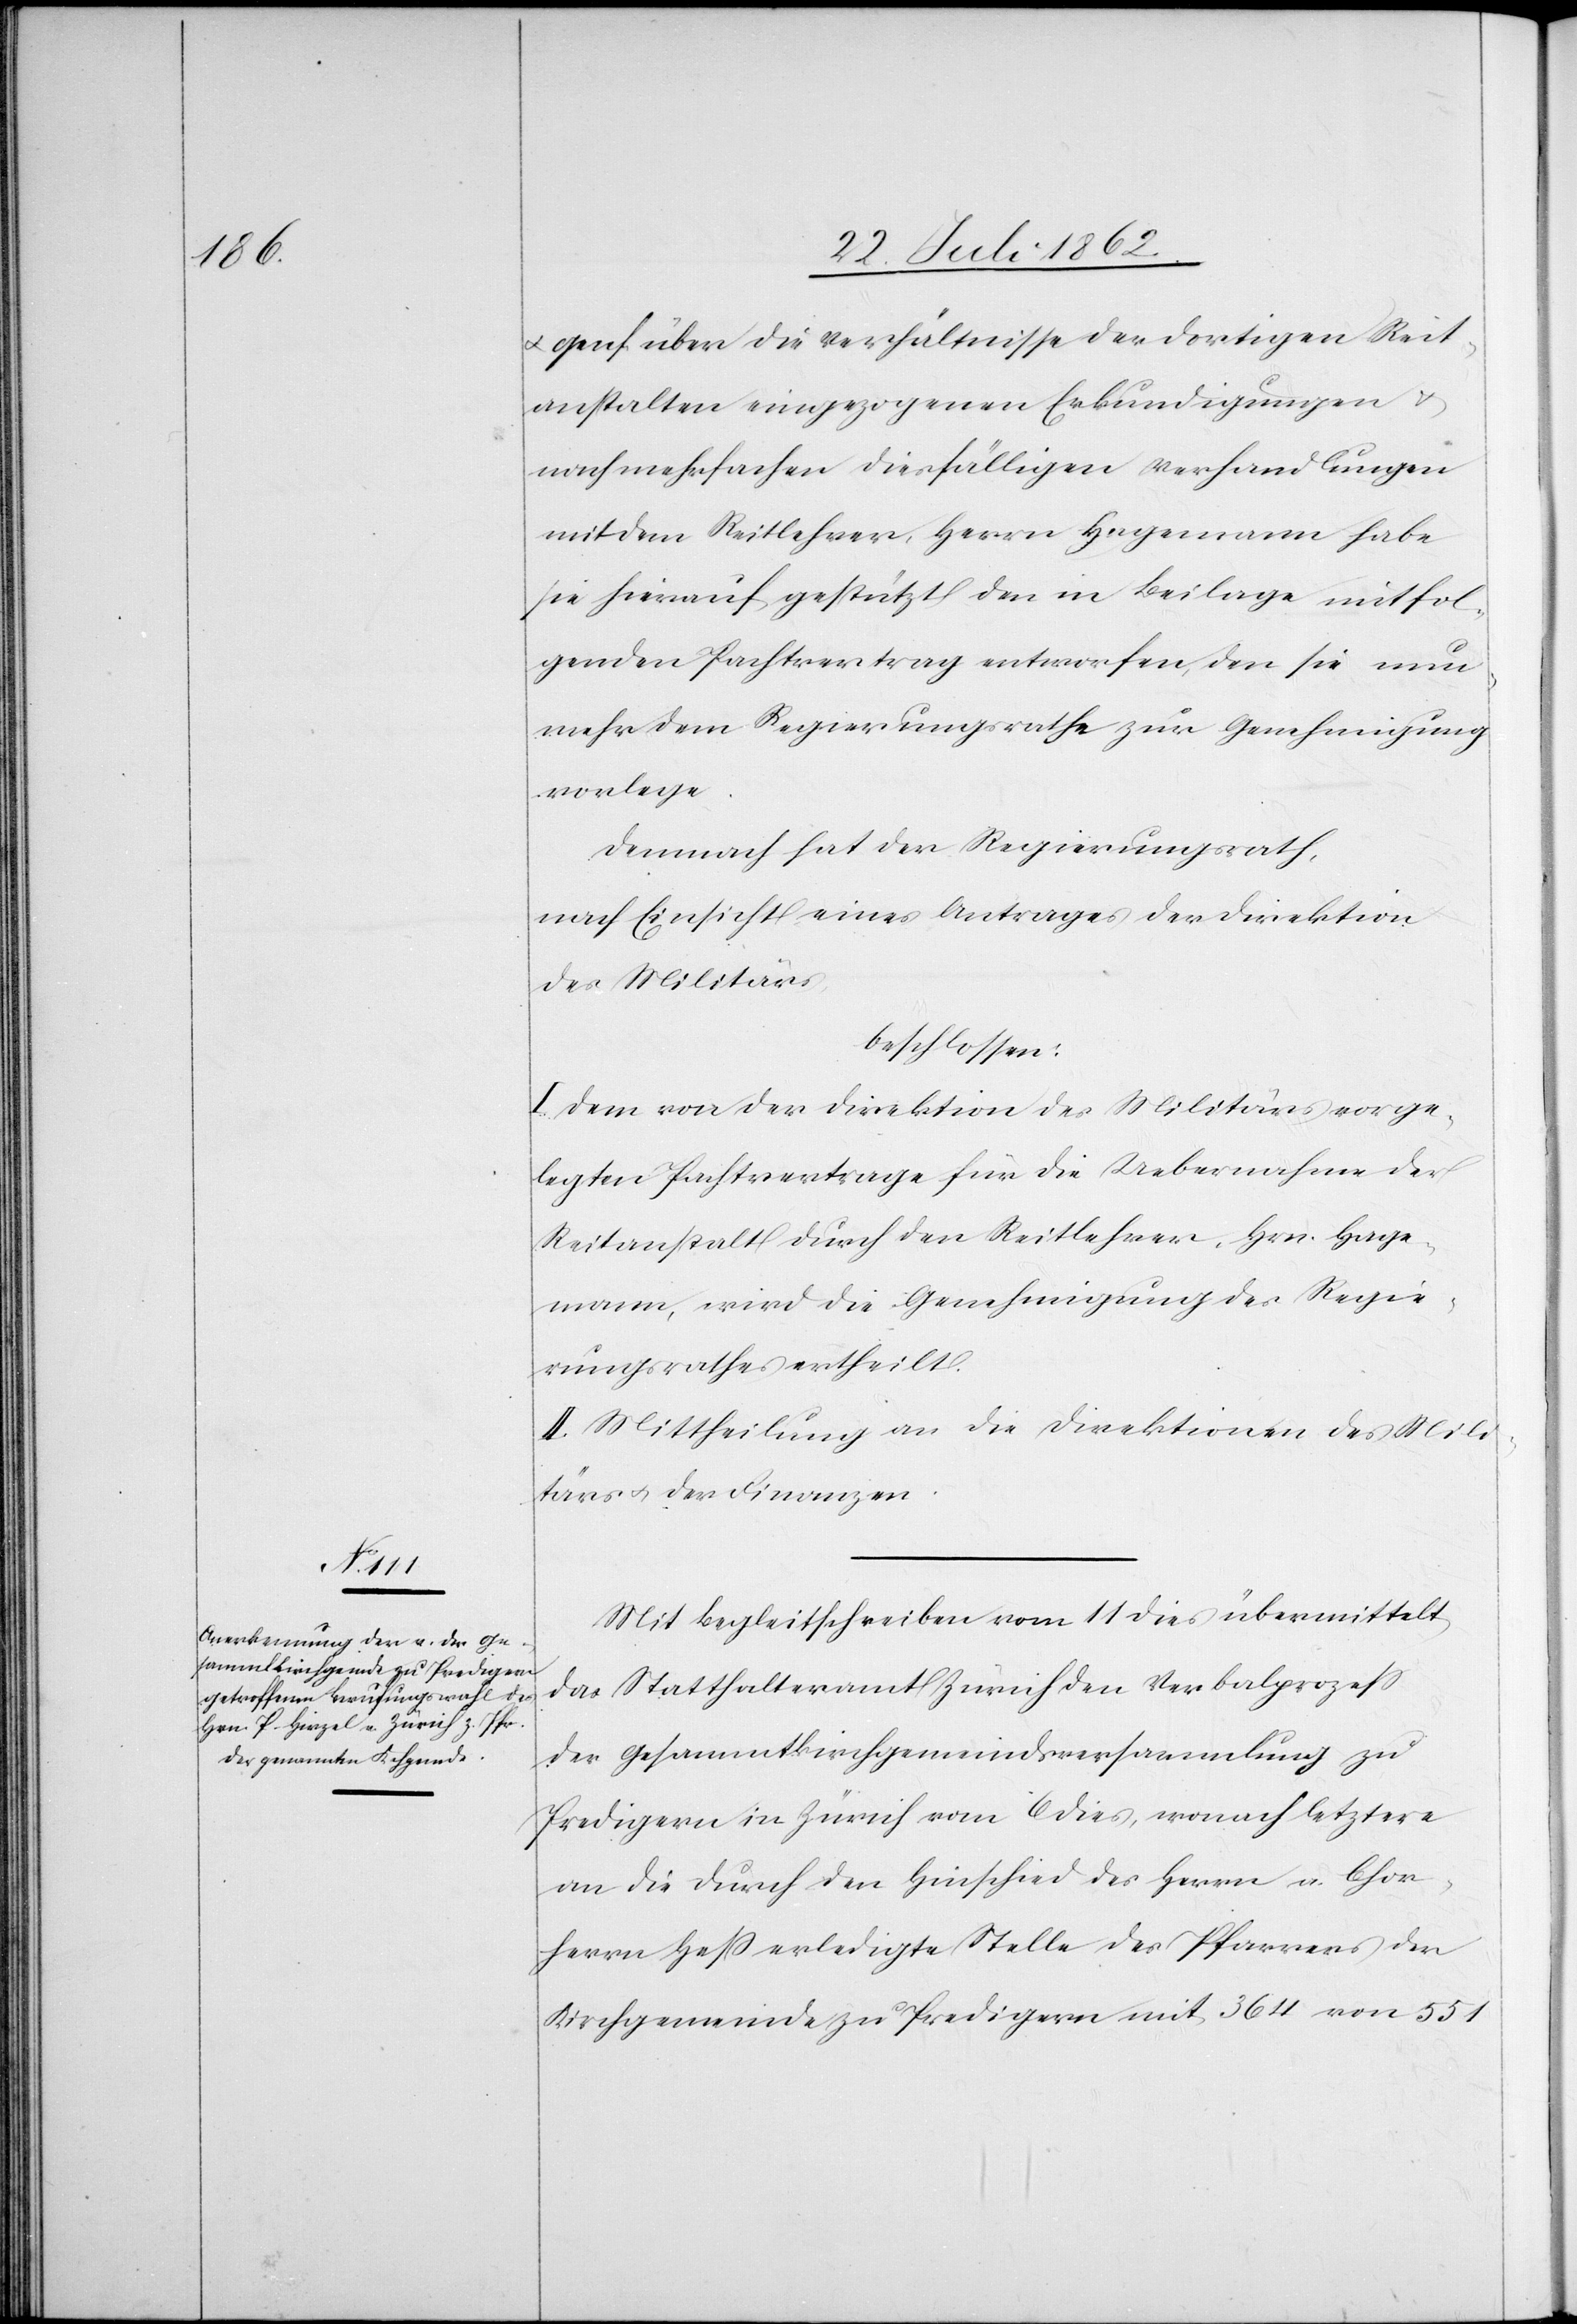
u. Genf über die Verhältnisse der dortigen Reit¬
anstalten eingezogenen Erkundigungen u.
nach mehrfachen diesfälligen Verhandlungen
mit dem Reitlehrer, Herrn Hagemann habe
sie hierauf gestützt den in Beilage mitfol¬
genden Pachtvertrag entworfen, den sie nun¬
mehr dem Regierungsrathe zur Genehmigung
vorlege.
Demnach hat der Regierungsrath,
nach Einsicht eines Antrages der Direktion
des Militärs,
beschlossen.
I. Dem von der Direktion des Militärs vorge¬
legten Pachtvertrage für die Uebernahme der
Reitanstalt durch den Reitlehrer, Hrn. Hage¬
mann, wird die Genehmigung des Regie¬
rungsrathes ertheilt.
II. Mittheilung an die Direktionen des Mili¬
tärs u. der Finanzen.
Mit Begleitschreiben vom 11. dies übermittelt
das Statthalteramt Zürich den Verbalprozeß
der Gesammtkirchengemeindsversammlung zu
Predigern in Zürich vom 6. dies, wonach letztere
an die durch den Hinschied des Herrn a. Chor¬
herrn Heß erledigte Stelle des Pfarrers der
Kirchgemeinde zu Predigern mit 364 von 551